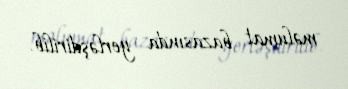
məlumat bazasında yerləşdirilib.